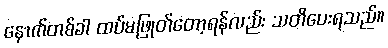
နောက်တစ်ခါ ထပ်မဖြုတ်တော့ရန်လည်း သတိပေးရသည်။